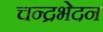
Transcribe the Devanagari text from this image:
चन्द्रभेदन